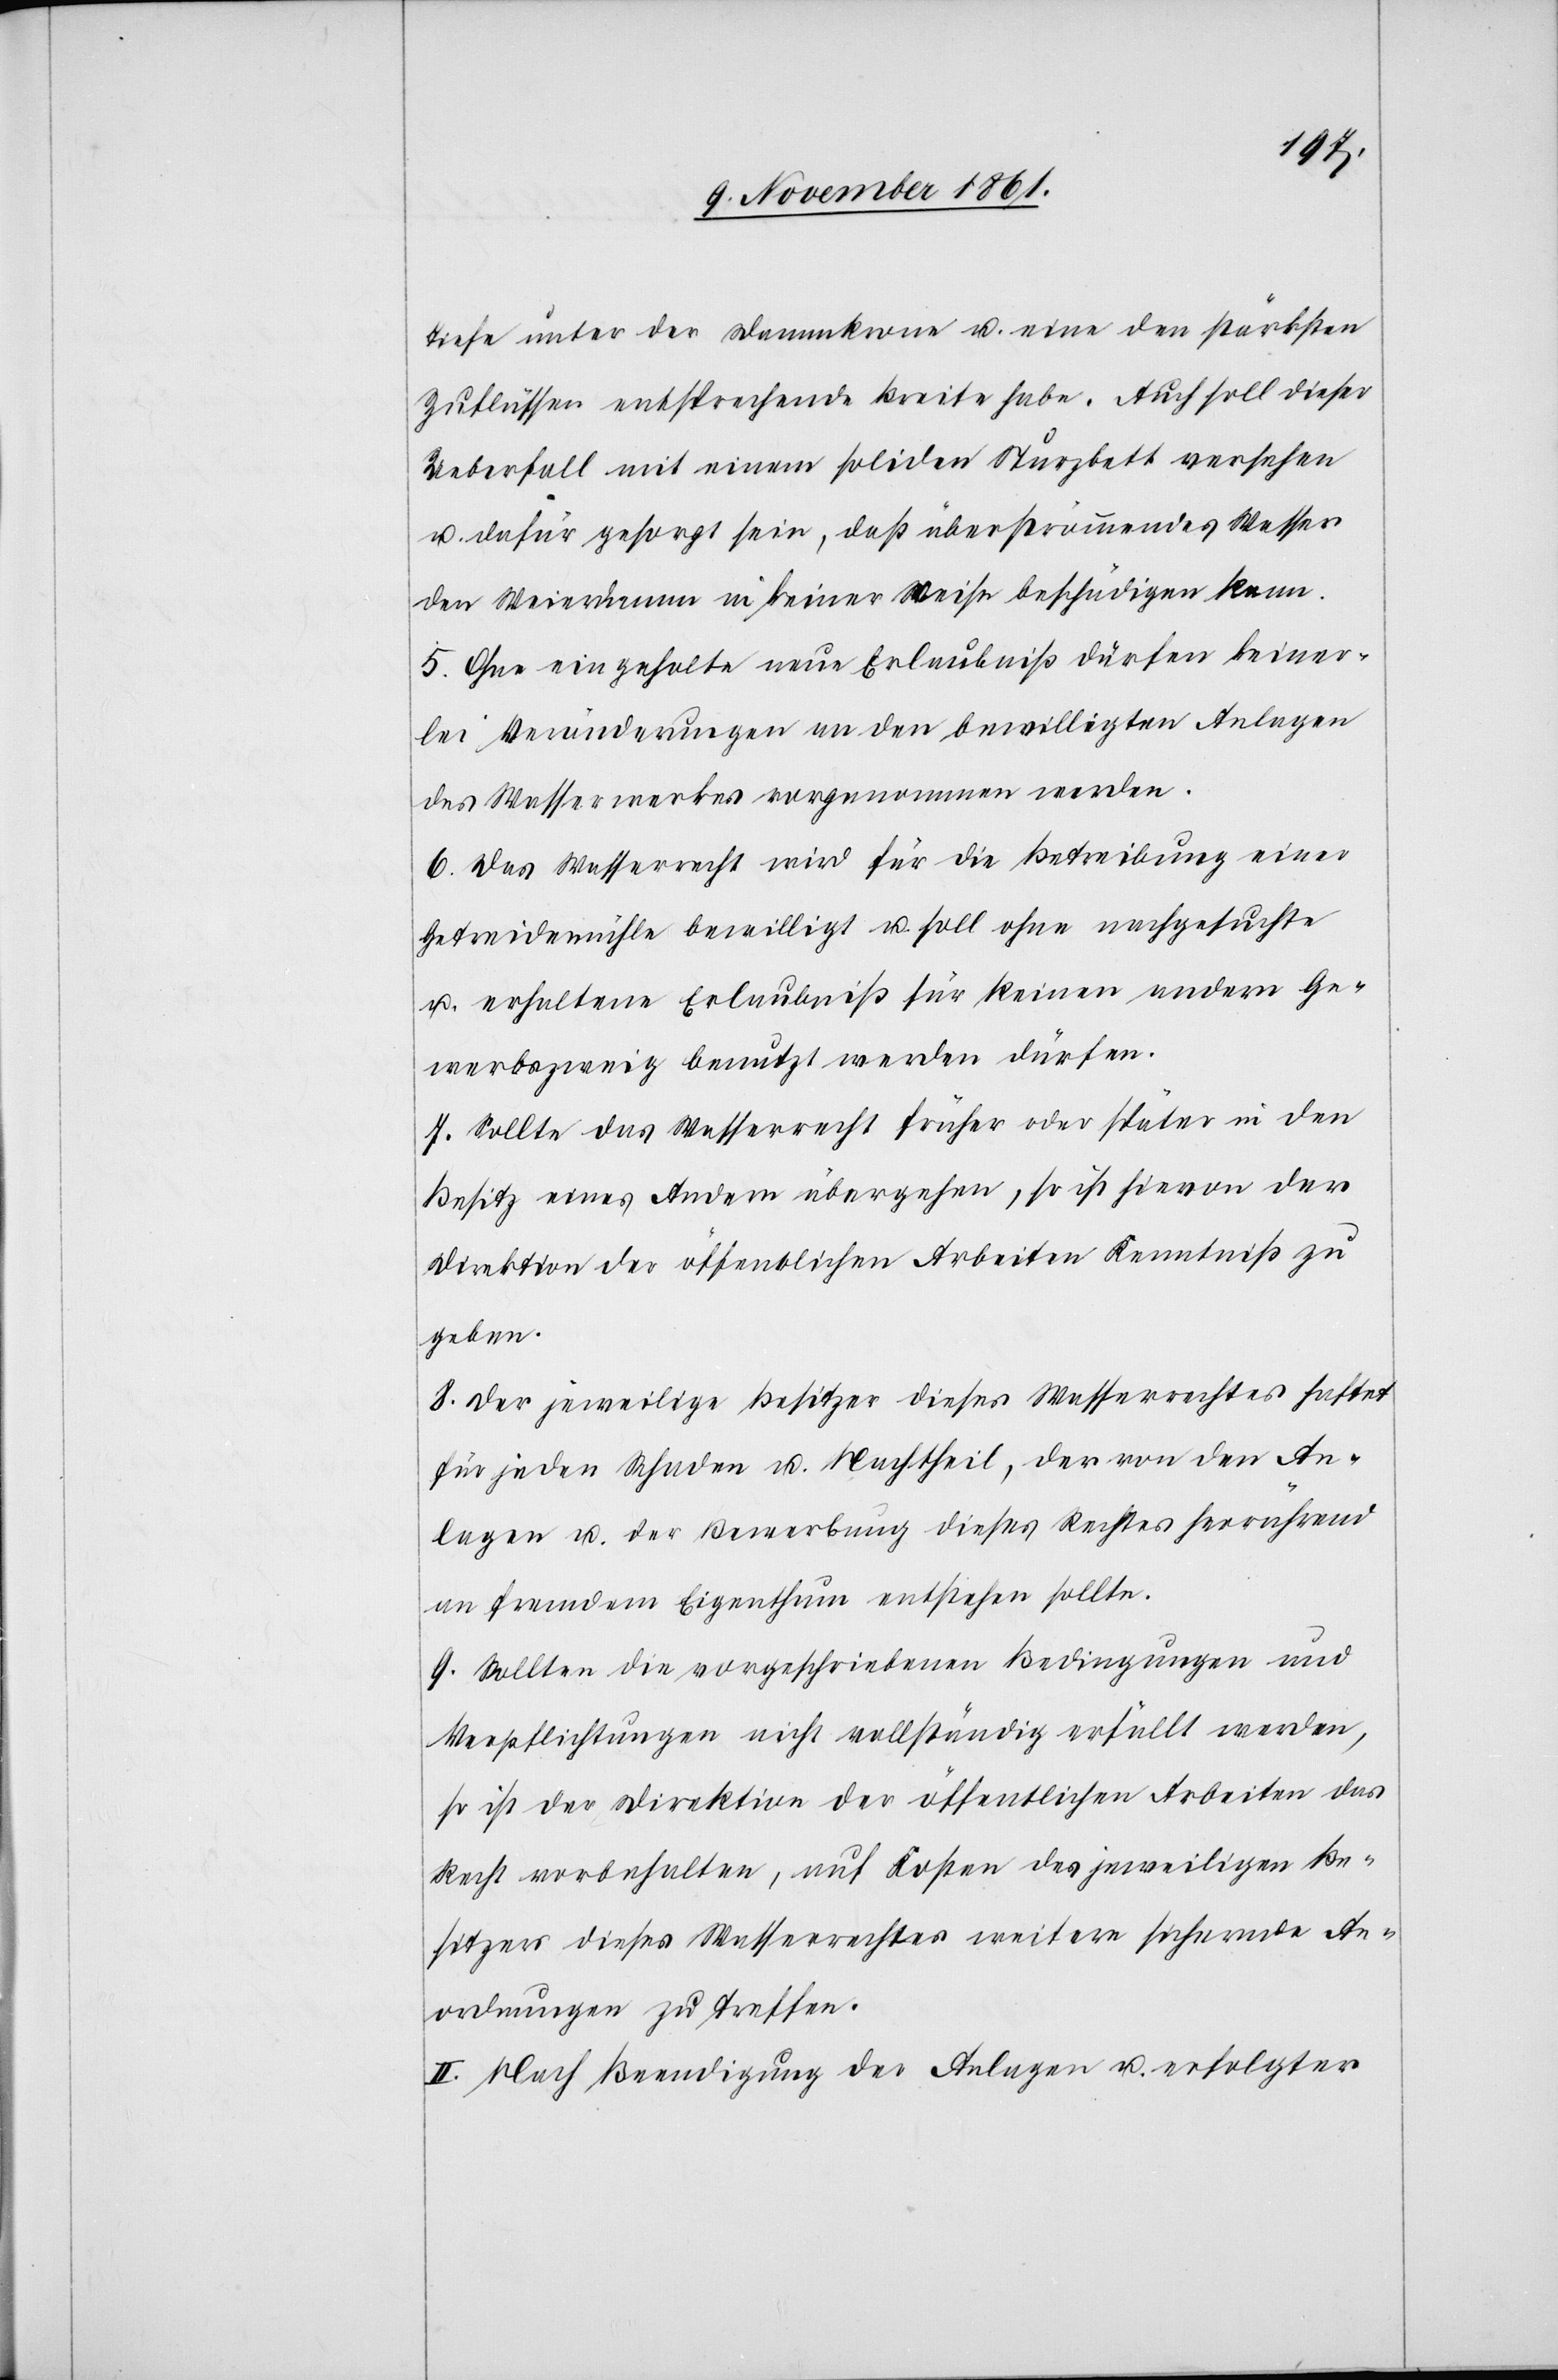
Tiefe unter der Dammkrone u. eine den stärksten
Zuflüssen entsprechende Breite habe. Auch soll dieser
Ueberfall mit einem soliden Sturzbett versehen
u. dafür gesorgt sein, daß überströmendes Wasser
den Weierdamm in keiner Weise beschädigen kann.
5. Ohne eingeholte neue Erlaubniß dürfen keiner¬
lei Veränderungen an den bewilligten Anlagen
des Wasserwerkes vorgenommen werden.
6. Das Wasserrecht wird für die Betreibung einer
Getreidemühle bewilligt u. soll ohne nachgesuchte
u. erhaltene Erlaubniß für keinen andern Ge¬
werbszweig benutzt werden dürfen.
7. Sollte das Wasserrecht früher oder später in den
Besitz eines Andern übergehen, so ist hievon der
Direktion der öffentlichen Arbeiten Kenntniß zu
geben.
8. Der jeweilige Besitzer dieses Wasserrechtes haftet
für jeden Schaden u. Nachtheil, der von den An¬
lagen u. der Bewerbung dieses Rechtes herrührend
an fremdem Eigenthum entstehen sollte.
9. Sollten die vorgeschriebenen Bedingungen und
Verpflichtungen nicht vollständig erfüllt werden,
so ist der Direktion der öffentlichen Arbeiten das
Recht vorbehalten, auf Kosten des jeweiligen Be¬
sitzers dieses Wasserrechtes weitere sichernde An¬
ordnungen zu treffen.
II. Nach Beendigung der Anlagen u. erfolgter